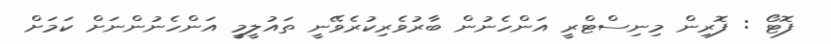
ފޮޓޯ : ފޮރިން މިނިސްޓްރީ އަންހެނުން ބާރުވެރިކުުރެވޭނީ ތައުލީމީ އަންހެނުންނަށް ކަަމަށް